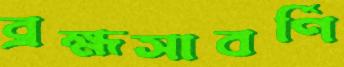
ব্রহ্মসাবর্ণি